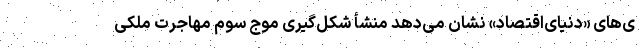
ی‌‌های «دنیای‌اقتصاد» نشان می‌‌دهد منشأ شکل‌‌گیری موج سوم مهاجرت ملکی